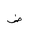
Letter: _dad